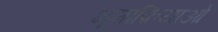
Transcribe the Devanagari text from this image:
भूमाफ़ियाओं